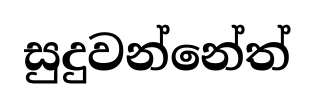
සුදුවන්නේත්